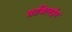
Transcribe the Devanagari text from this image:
साबिरनईम